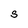
Character: S